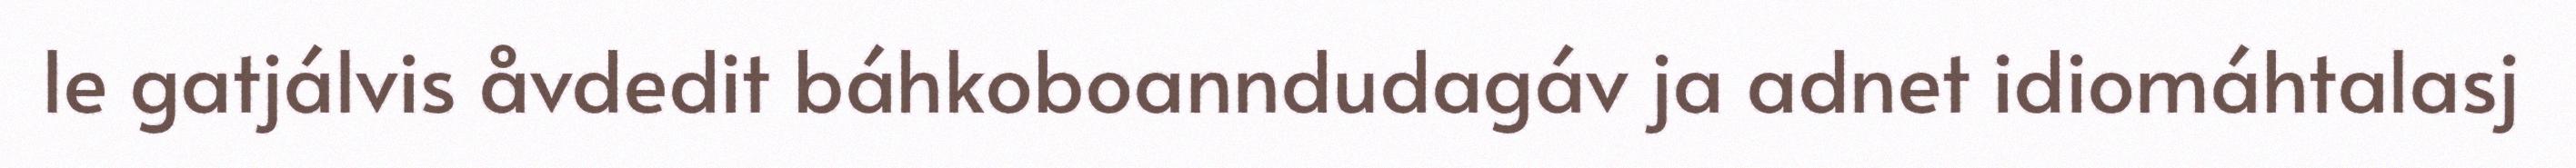
le gatjálvis åvdedit báhkoboanndudagáv ja adnet idiomáhtalasj